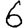
Digit: 6